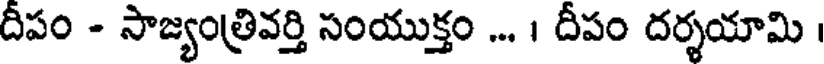
దీపం - సాజ్యంత్రివర్తి సంయుక్తం ... । దీపం దర్శయామి